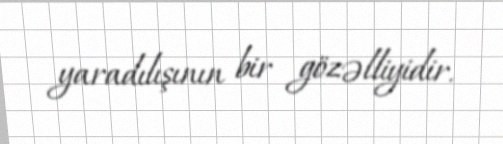
yaradılışının bir gözəlliyidir.